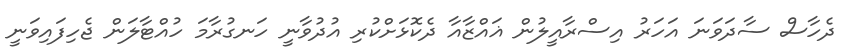
ދެހާސް ސާދަވަނަ އަހަރު އިސްރާއީލުން ޣައްޒާއާ ދެކޮޅަށްކުރި އުދުވާނީ ހަނގުރާމަ ހުއްޓާލަން ޖެހިފައިވަނީ